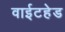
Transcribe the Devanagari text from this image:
वाईटहेड